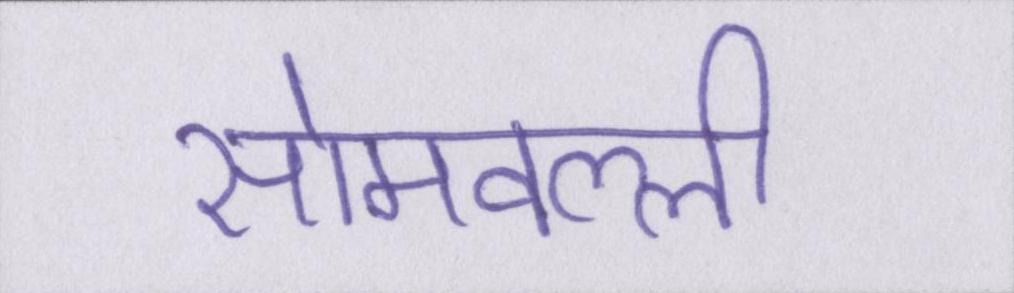
सोमवल्ली